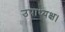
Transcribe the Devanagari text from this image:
उपाध्यक्ष।